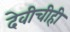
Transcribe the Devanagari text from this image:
देवीचीही